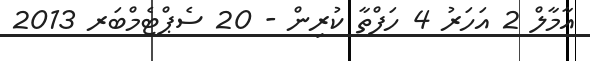
އާމާލް 2 އަހަރު 4 ހަފްތާ ކުރިން - 20 ސެޕްޓެމްބަރ 2013